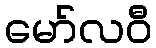
မော်လဝီ